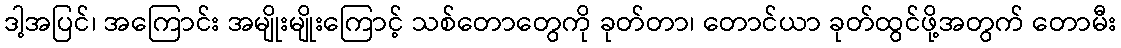
ဒါ့အပြင်၊ အကြောင်း အမျိုးမျိုးကြောင့် သစ်တောတွေကို ခုတ်တာ၊ တောင်ယာ ခုတ်ထွင်ဖို့အတွက် တောမီး